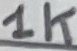
Text: 1K